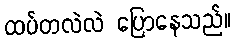
ထပ်တလဲလဲ ပြောနေသည်။